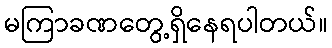
မကြာခဏတွေ့ရှိနေရပါတယ်။